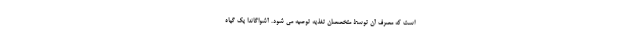
است که مصرف آن توسط متخصصان تغذیه توصیه می شود. آشواگاندا یک گیاه